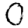
Digit: 0